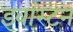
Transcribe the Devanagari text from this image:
इवांस्टन